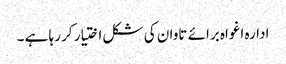
ادارہ اغواہ برائے تاوان کی شکل اختیار کر رہا ہے ۔